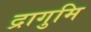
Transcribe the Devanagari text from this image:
द्रागुमि